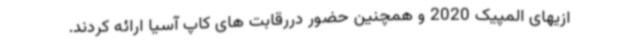
ازیهای المپیک 2020 و همچنین حضور دررقابت های کاپ آسیا ارائه کردند.